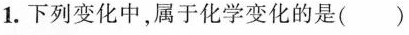
1.下列变化中，属于化学变化的是（）